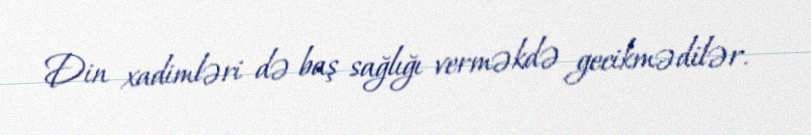
Din xadimləri də baş sağlığı verməkdə gecikmədilər.